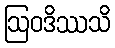
ဩဝဒိဿသိ